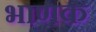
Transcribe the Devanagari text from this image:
भाणक